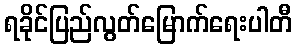
ရခိုင်ပြည်လွတ်မြောက်ရေးပါတီ